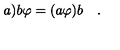
a \mathbf { ) } b \varphi = ( a \varphi ) b \quad .